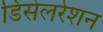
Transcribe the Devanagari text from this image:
डिसेलरेशन